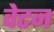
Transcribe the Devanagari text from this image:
वेटन